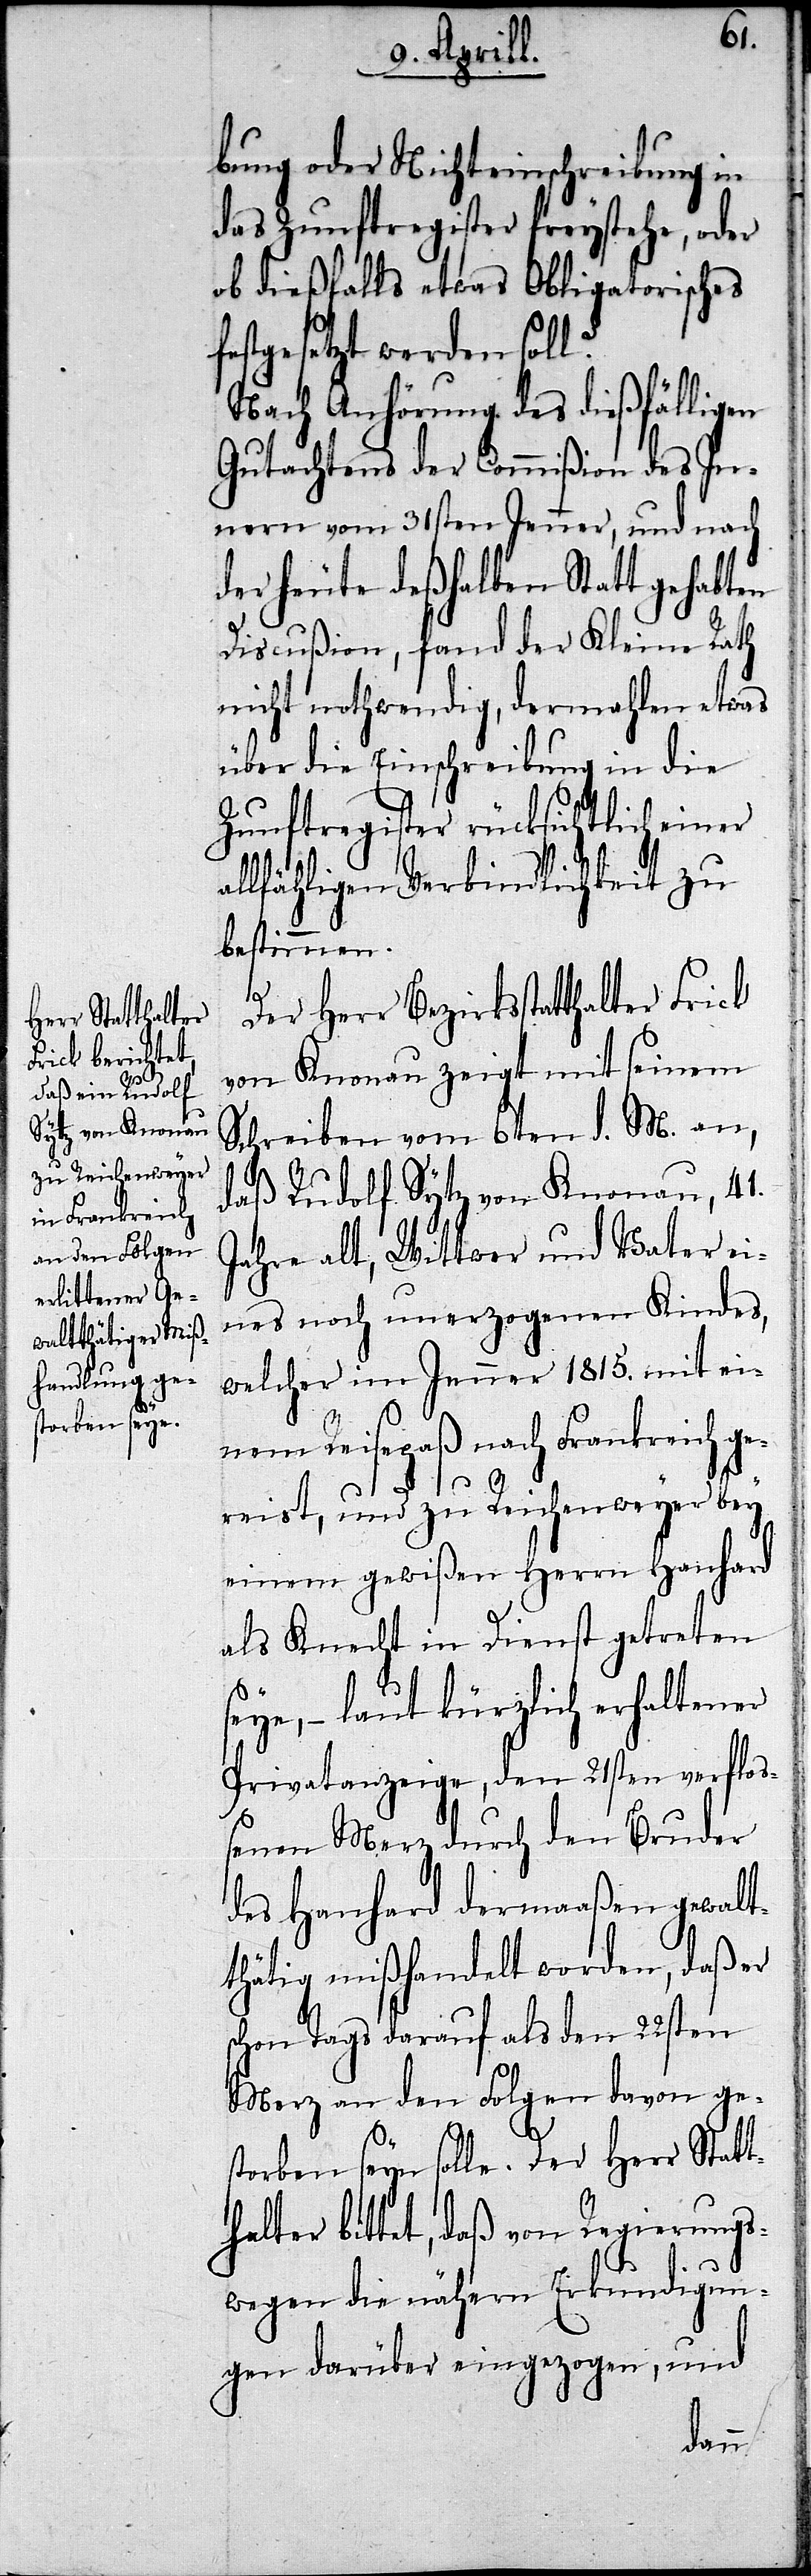
bung oder Nichteinschreibung in
das Zunftregister freystehe, oder
ob dießfalls etwas Obligatorisches
festgesetzt werden soll?
Nach Anhörung des dießfälligen
Gutachtens der Commißion des In¬
nern vom 31sten Jenner, und nach
der heute deßhalben Statt gehabten
Discußion, fand der Kleine Rath
nicht nothwendig, dermahlen etwas
über die Einschreibung in die
Zunftregister rücksichtlich einer
allfähligen Verbindlichkeit zu
bestimmen.
Der Herr Bezirksstatthalter Frick
von Knonau zeigt mit seinem
Schreiben vom 6ten d. M. an,
daß Rudolf Sytz von Knonau, 41.
Jahre alt, Wittwer und Vater ei¬
nes noch unerzogenen Kindes,
welcher im Jenner 1815. mit ei¬
nem Reisepaß nach Frankreich ge¬
reist, und zu Reichenweyer bey
einem gewißen Herr Hanhard
als Knecht in Dienst getreten
seye,– laut kürzlich erhaltener
Privatanzeige, den 21sten verfloß¬
enen Merz durch den Bruder
des Hanhard dermaßen gewalt¬
thätig mißhandelt worden, daß er
schon Tags darauf als den 22sten
Merz an den Folden davon ge¬
storben seyn solle. Der Herr Stat¬
thalter bittet, daß von Regierungs¬
wegen die nähern Erkundigun¬
gen darüber eingezogen, und